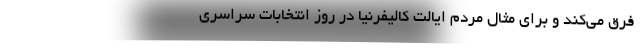
فرق می‌کند و برای مثال مردم ایالت کالیفرنیا در روز انتخابات سراسری